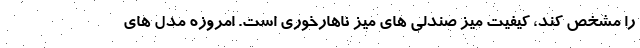
را مشخص کند، کیفیت میز صندلی های میز ناهارخوری است. امروزه مدل های